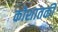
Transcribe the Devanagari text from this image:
कोशातकी